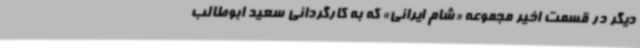
دیگر در قسمت اخیر مجموعه «شام ایرانی» که به کارگردانی سعید ابوطالب